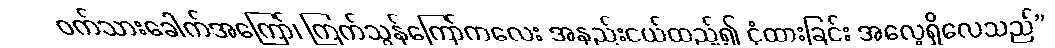
ဝက်သားခေါက်အကြော်၊ ကြက်သွန်ကြော်ကလေး အနည်းငယ်ထည့်၍ ငုံထားခြင်း အလေ့ရှိလေသည်”